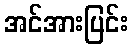
အင်အားပြင်း